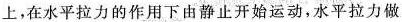
上，在水平拉力的作用下由静止开始运动，水平拉力做